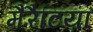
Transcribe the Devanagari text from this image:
मैरैटिया